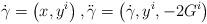
LaTeX: \begin{align*}\dot{\gamma} = \left(x,y^i\right), \ddot{\gamma} = \left(\dot{\gamma}, y^i, -2G^i \right)\end{align*}